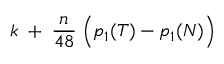
k \; + \; { \frac { n } { 4 8 } } \; \Bigl ( p _ { 1 } ( { \cal T } ) - p _ { 1 } ( { \cal N } ) \Bigr )